Annual statistical returns and brief notes on vaccination in Bengal - 1909-1929
Year: 1909
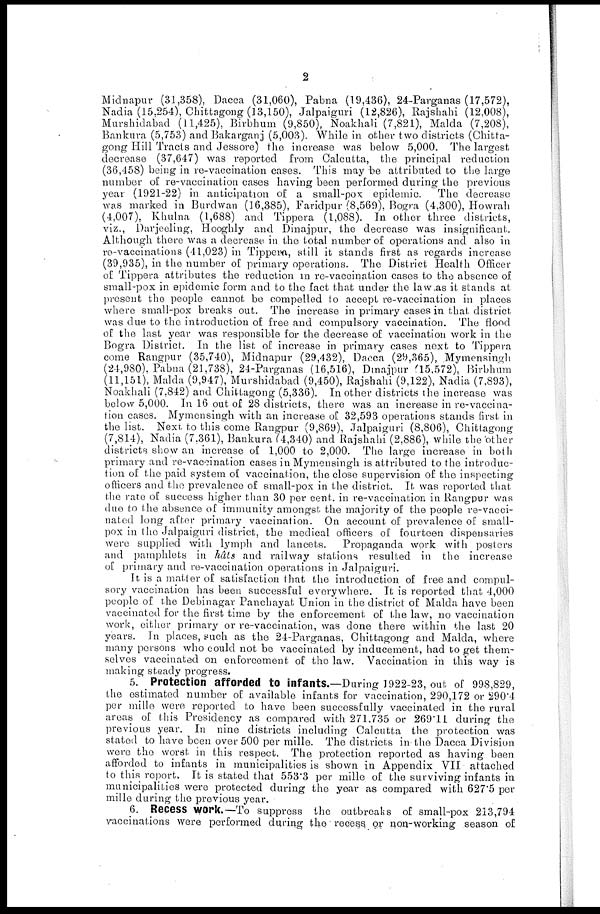
2
Midnapur (31,358), Dacca (31,060), Pabna (19,436), 24-Parganas (17,572),
Nadia (15,254), Chittagong (13,150), Jalpaiguri (12,826), Rajshahi (12,008),
Murshidabad (11,425), Birbhum (9,850), Noakhali (7,821), Malda (7,208),
Bankura (5,753) and Bakarganj (5,003). While in other two districts (Chitta-
gong Hill Tracts and Jessore) the increase was below 5,000. The largest
decrease (37,647) was reported from Calcutta, the principal reduction
(36,458) being in re-vaccination cases. This may be attributed to the large
number of re-vaccination cases having been performed during the previous
year (1921-22) in anticipation of a small-pox epidemic. The decrease
was marked in Burdwan (16,385), Faridpur (8,569), Bogra (4,300), Howrah
(4,007), Khulna (1,688) and Tippera (1,088). In other three districts,
viz., Darjeeling, Hooghly and Dinajpur, the decrease was insignificant.
Although there was a decrease in the total number of operations and also in
re-vaccinations (41,023) in Tippera, still it stands first as regards increase
(39,935), in the number of primary operations. The District Health Officer
of Tippera attributes the reduction in re-vaccination cases to the absence of
small-pox in epidemic form and to the fact that under the law as it stands at
present the people cannot be compelled to accept re-vaccination in places
where small-pox breaks out. The increase in primary cases in that district
was due to the introduction of free and compulsory vaccination. The flood
of the last year was responsible for the decrease of vaccination work in the
Bogra District. In the list of increase in primary cases next to Tippera
come Rangpur (35,740), Midnapur (29,432), Dacca (29,365), Mymensingh
(24,980), Pabna (21,738), 24-Parganas (16,516), Dinajpur (15,572), Birbhum
(11,151), Malda (9,947), Murshidabad (9,450), Rajshahi (9,122), Nadia (7,893),
Noakhali (7,842) and Chittagong (5,336). In other districts the increase was
below 5,000. In 16 out of 28 districts, there was an increase in re-vaccina-
tion cases. Mymensingh with an increase of 32,593 operations stands first in
the list. Next to this come Rangpur (9,869), Jalpaiguri (8,806), Chittagong
(7,814), Nadia (7,361), Bankura (4,340) and Rajshahi (2,886), while the other
districts show an increase of 1,000 to 2,000. The large increase in both
primary and re-vaccination cases in Mymensingh is attributed to the introduc-
tion of the paid system of vaccination, the close supervision of the inspecting
officers and the prevalence of small-pox in the district. It was reported that
the rate of success higher than 30 per cent. in re-vaccination in Rangpur was
due to the absence of immunity amongst the majority of the people re-vacci-
nated long after primary vaccination. On account of prevalence of small-
pox in the Jalpaiguri district, the medical officers of fourteen dispensaries
were supplied with lymph and lancets. Propaganda work with posters
and pamphlets in hâts and railway stations resulted in the increase
of primary and re-vaccination operations in Jalpaiguri.
It is a matter of satisfaction that the introduction of free and compul-
sory vaccination has been successful everywhere. It is reported that 4,000
people of the Debinagar Panchayat Union in the district of Malda have been
vaccinated for the first time by the enforcement of the law, no vaccination
work, either primary or re-vaccination, was done there within the last 20
years. In places, such as the 24-Parganas, Chittagong and Malda, where
many persons who could not be vaccinated by inducement, had to get them-
selves vaccinated on enforcement of the law. Vaccination in this way is
making steady progress.
5. Protection afforded to infants.—During 1922-23, out of 998,829,
the estimated number of available infants for vaccination, 290,172 or 290.4
per mille were reported to have been successfully vaccinated in the rural
areas of this Presidency as compared with 271,735 or 269.11 during the
previous year. In nine districts including Calcutta the protection was
stated to have been over 500 per mille. The districts in the Dacca Division
were the worst in this respect. The protection reported as having been
afforded to infants in municipalities is shown in Appendix VII attached
to this report. It is stated that 553.3 per mille of the surviving infants in
municipalities were protected during the year as compared with 627.5 per
mille during the previous year.
6. Recess work.—To suppress the outbreaks of small-pox 213,794
vaccinations were performed during the recess or non-working season of